Reports on dispensaries and lunatic asylums in the Province of Oudh - 1869-1876
Year: 1869
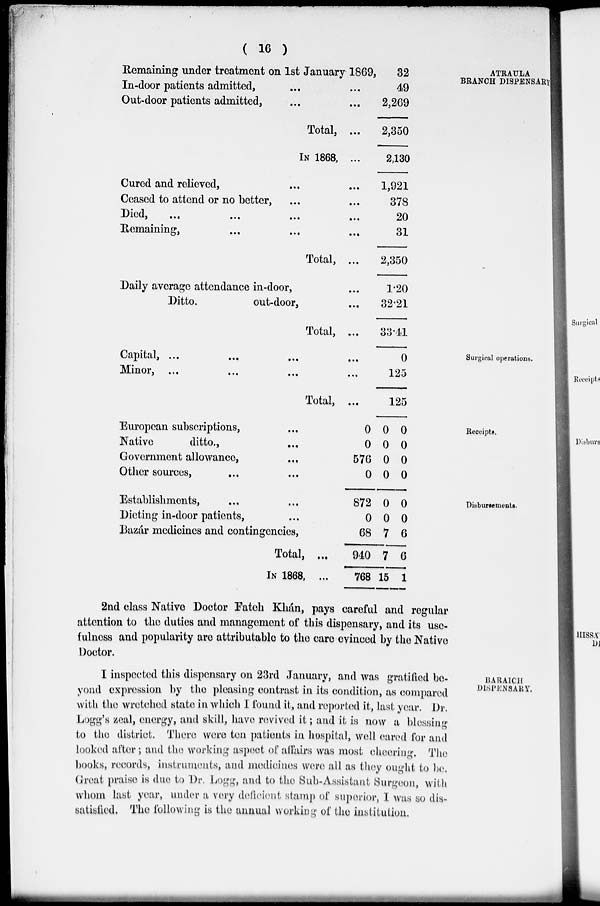
( 16 )
ATRAULA
BRANCH DISPENSARY.
Remaining under treatment on 1st January 1869,
In-door patients admitted, ... ...
Out-door patients admitted, ... ...
Total, ...
IN 1868, ...
Cured and relieved, ... ...
Ceased to attend or no better, ... ...
Died, ... ... ... ... ...
Remaining, ... ... ...
Total, ...
Daily average attendance in-door, ...
Ditto.
out-door, ...
Total, ...
32
49
2,269
2,350
2,130
1,921
378
20
31
2,350
1.20
32.21
33.41
Surgical operations.
Capital, ... ... ... ...
Minor, ... ... ... ...
Total, ...
0
125
125
Receipts.
European subscriptions, ...
Native
ditto., ...
Government allowance, ...
Other sources, ... ...
0
0
576
0
0
0
0
0
0
0
0
0
Disbursements.
Establishments, ... ...
Dieting in-door patients, ...
Bazár medicines and contingencies,
Total, ...
IN 1868, ...
872
0
68
940
768
0
0
7
7
15
0
0
6
6
1
2nd class Native Doctor Fateh Khán, pays careful and regular
attention to the duties and management of this dispensary, and its use-
fulness and popularity are attributable to the care evinced by the Native
Doctor.
BARAICH
DISPENSARY.
I inspected this dispensary on 23rd January, and was gratified be-
yond expression by the pleasing contrast in its condition, as compared
with the wretched state in which I found it, and reported it, last year. Dr.
Logg's zeal, energy, and skill, have revived it ; and it is now a blessing
to the district. There were ten patients in hospital, well cared for and
looked after; and the working aspect of affairs was most cheering. The
books, records, instruments, and medicines were all as they ought to be.
Great praise is due to Dr. Logg, and to the Sub-Assistant Surgeon, with
whom last year, under a very deficient stamp of superior, I was so dis-
satisfied. The following is the annual working of the institution.